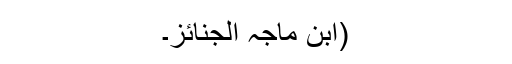
(ابن ماجہ الجنائز۔